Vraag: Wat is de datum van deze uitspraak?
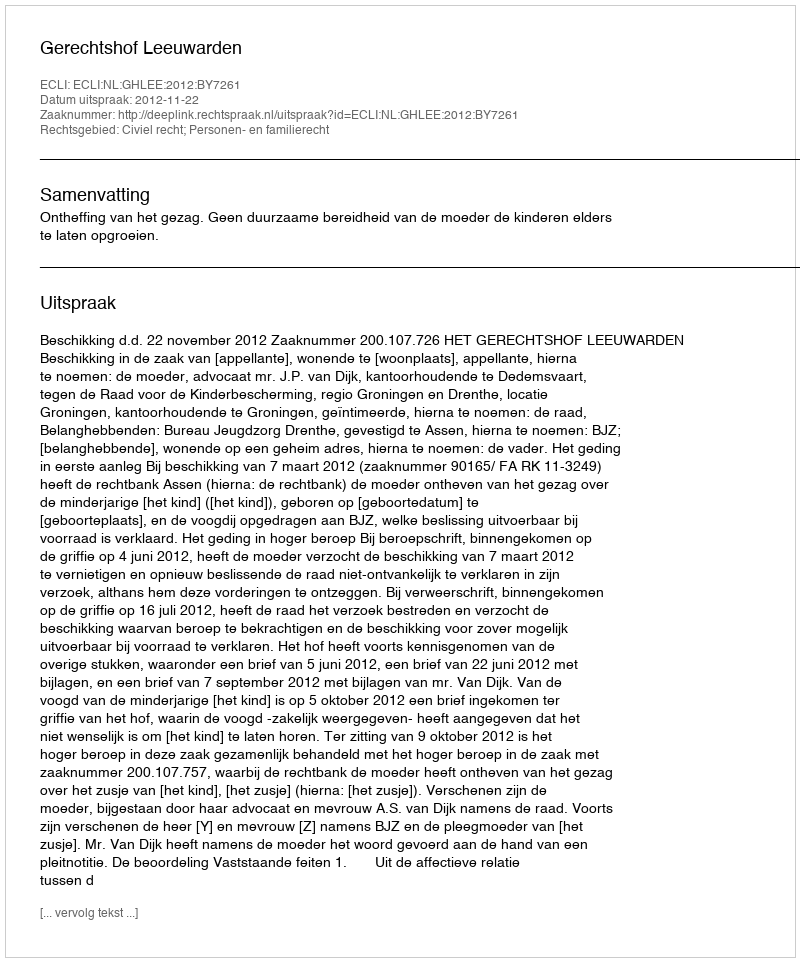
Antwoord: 2012-11-22